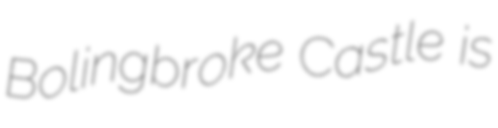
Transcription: Bolingbroke Castle is